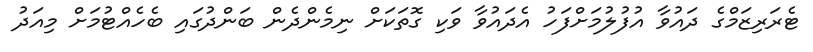
ޓެރަރިޒަމްގެ ދައުވާ އުފުލުމަށްފަހު އެދައުވާ ވަކި ގޮތަކަަށް ނިމެންދެން ބަންދުގައި ބެހެއްޓުމަށް މިއަދު